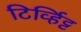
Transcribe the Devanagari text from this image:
टिर्व्हिट्ट